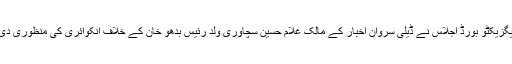
ایگزیکٹو بورڈ اجلاس نے ڈیلی سروان اخبار کے مالک غلام حسین سچاوری ولد رئیس بدھو خان کے خلاف انکوائری کی منظوری دی۔